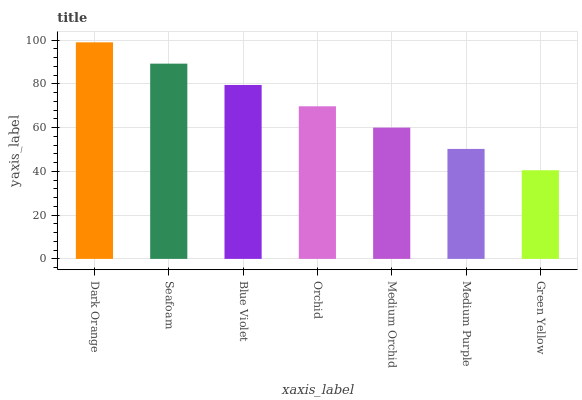
| xaxis_label | bars |
 | --- | --- |
 | Dark Orange | 99 |
 | Seafoam | 89.3 |
 | Blue Violet | 79.5 |
 | Orchid | 69.8 |
 | Medium Orchid | 60 |
 | Medium Purple | 50.3 |
 | Green Yellow | 40.5 |